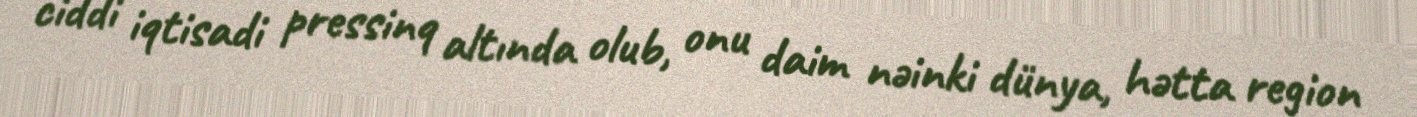
ciddi iqtisadi pressinq altında olub, onu daim nəinki dünya, hətta region